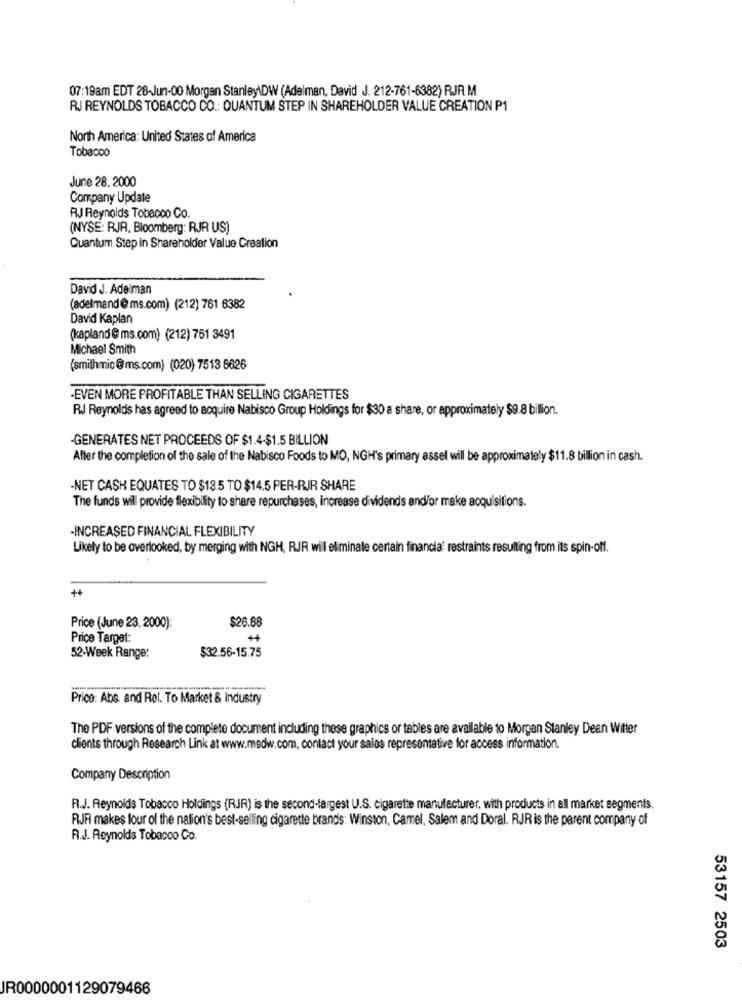
07:19am EDT 28-Jun-00 Morgan Stanley\DW (Adelman, David J. 212-761-6382) RJR M
RJ REYNOLDS TOBACCO CO .: QUANTUM STEP IN SHAREHOLDER VALUE CREATION P1
North America: United States of America
Tobacco
June 28. 2000
Company Update
RJ Reynolds Tobacco Co.
(NYSE: RJR. Bloomberg: RJR US)
Quantum Step in Shareholder Value Creation
David J. Adelman
(adelmand@ms.com) (212) 761 6382
David Kaplan
(kapland @ ms.com) (212) 761 3491
Michael Smith
(smithmic@ms.com) (020) 7513 6626
-EVEN MORE PROFITABLE THAN SELLING CIGARETTES
RJ Reynolds has agreed to acquire Nabisco Group Holdings for $30 a share, or approximately $9.8 billion.
-GENERATES NET PROCEEDS OF $1.4-$1.5 BILLION
After the completion of the sale of the Nabisco Foods to MO, NGH's primary assel will be approximately $11.8 billion in cash.
-NET CASH EQUATES TO $185 TO $14.5 PER-RJR SHARE
The funds will provide flexibility to share repurchases, increase dividends and/or make acquisitions.
INCREASED FINANCIAL FLEXIBILITY
Likely to be overlooked, by merging with NGH, RJR will eliminate certain financia restraints resulting from its spin-off.
++
$26.88
Price (June 23, 2000):
Price Target:
$32.56-15.75
52-Week Range:
Price: Abs. and Rel. To Market & Industry
The PDF versions of the complete document including these graphics or tables are available to Morgan Stanley Dean Witter
clients through Research Link at www.medw.com, contact your sales representative for access information.
Company Description
R.J. Reynolds Tobacco Holdings (RJR) is the second-largest U.S. cigarette manufacturer, with products in all market segments.
RWJR makes four of the nation's best-selling cigarette brands: Winston, Camel, Salem and Doral. RJR is the parent company of
R.J. Reynolds Tobacco Co.
53157 2503
JR0000001129079466